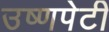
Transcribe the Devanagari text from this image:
उष्णपेटी